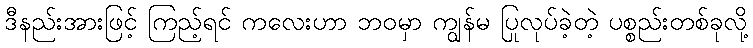
ဒီနည်းအားဖြင့် ကြည့်ရင် ကလေးဟာ ဘဝမှာ ကျွန်မ ပြုလုပ်ခဲ့တဲ့ ပစ္စည်းတစ်ခုလို့